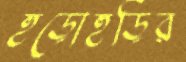
হুড়োহুড়ির